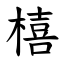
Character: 橲